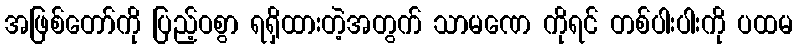
အဖြစ်တော်ကို ပြည့်ဝစွာ ရရှိထားတဲ့အတွက် သာမဏေ ကိုရင် တစ်ပါးပါးကို ပထမ